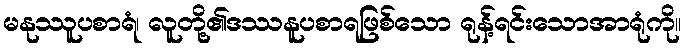
မနုဿူပစာရံ၊ လူတို့၏ဒဿနူပစာရဖြစ်သော ရုန့်ရင်းသောအာရုံကို။